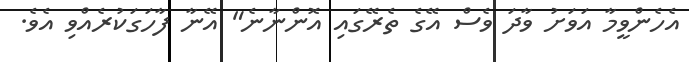
އެހެންވީމާ އަވަށު ވާދަ ވެސް އޭގެ ތެރޭގައި އޮންނާނެ" އޭނާ ފާހަގަކުރެއްވި އެވެ.